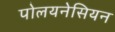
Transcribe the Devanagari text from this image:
पोलयनेसियन